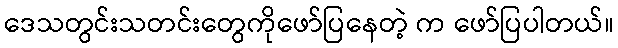
ဒေသတွင်းသတင်းတွေကိုဖော်ပြနေတဲ့ က ဖော်ပြပါတယ်။